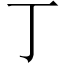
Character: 丁